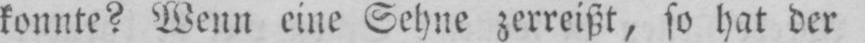
konnte? Wenn eine Sehne zerreißt, so hat der